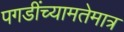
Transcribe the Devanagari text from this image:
पगडींच्यामतेमात्र